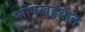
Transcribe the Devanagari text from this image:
शोषखड्डयात